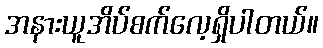
အနားယူအိပ်စက်လေ့ရှိပါတယ်။